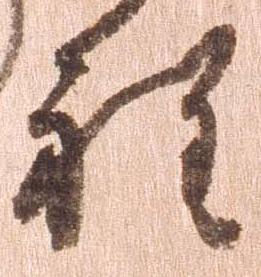
程